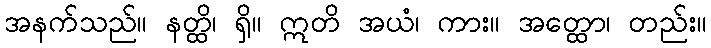
အနက်သည်။ နတ္ထိ၊ ရှိ။ ဣတိ အယံ၊ ကား။ အတ္ထော၊ တည်း။